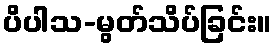
ပိပါသ-မွတ်သိပ်ခြင်း။